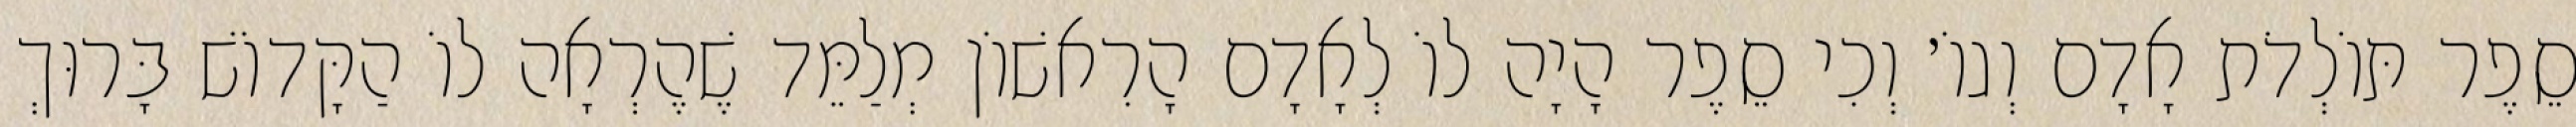
סֵפֶר תּוֹלְדֹת אָדָם וְגוֹ׳ וְכִי סֵפֶר הָיָה לוֹ לְאָדָם הָרִאשׁוֹן מְלַמֵּד שֶׁהֶרְאָה לוֹ הַקָּדוֹשׁ בָּרוּךְ